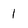
Character: 1